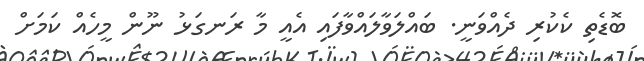
ބޮޑެތި ކެކުރި ދެއްވަނީ. ބައްލަވާލައްވާފައި އެއީ މާ ރަނގަޅު ނޫން މީހެއް ކަމަށް